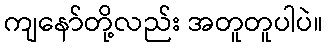
ကျနော်တို့လည်း အတူတူပါပဲ။